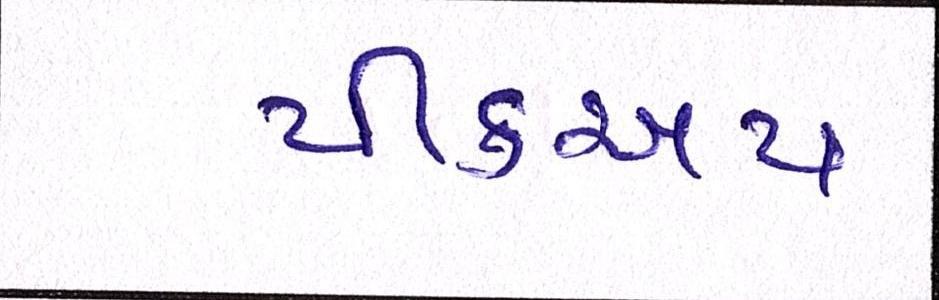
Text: પીકઅપ